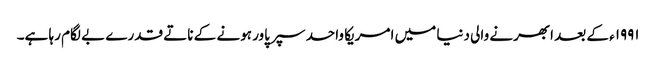
۱۹۹۱ء کے بعد ابھرنے والی دنیا میں امریکا واحد سپر پاور ہونے کے ناتے قدرے بے لگام رہا ہے۔